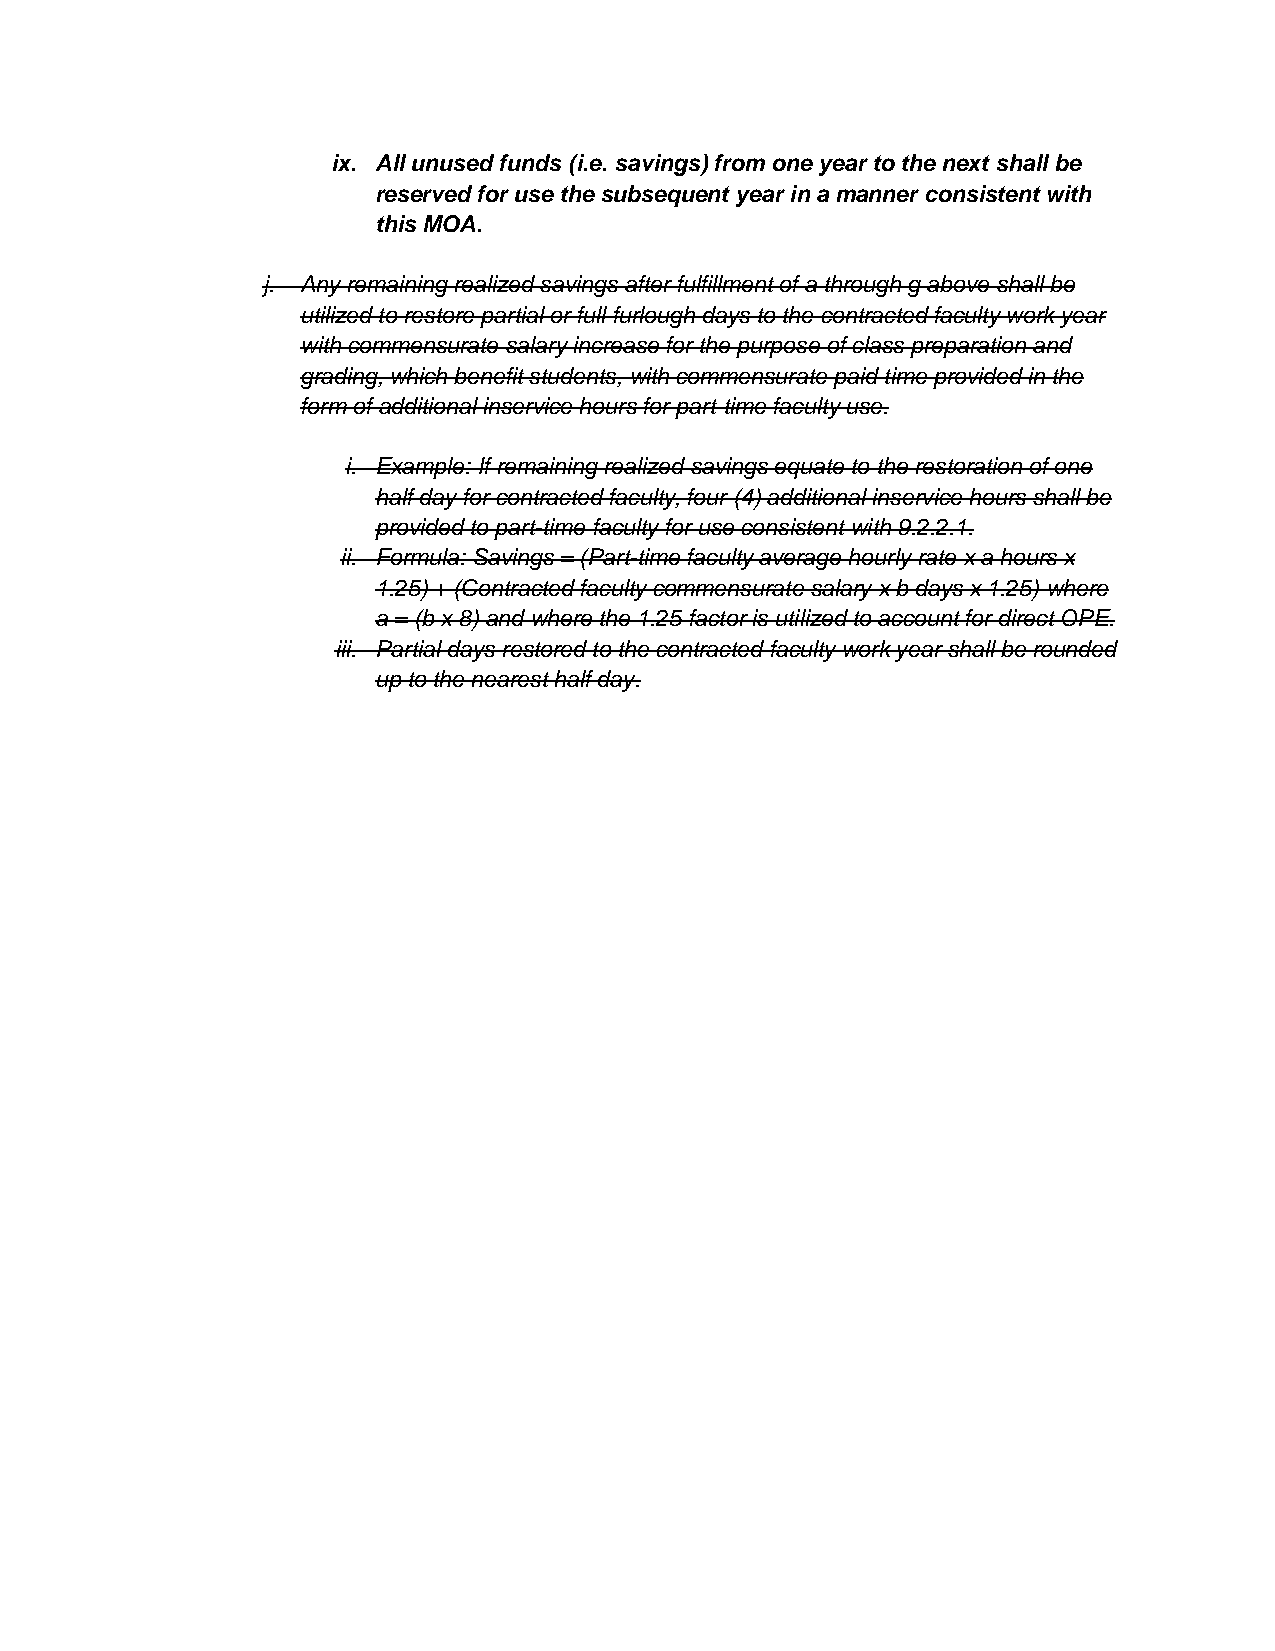
ix. All unused funds (i.e. savings) from one year to the next shall be
 reserved for use the subsequent year in a manner consistent with
 this MOA.
 j. Any remaining realized savings after fulfillment of a through g above shall be
 utilized to restore partial or full furlough days to the contracted faculty work year
 with commensurate salary increase for the purpose of class preparation and
 grading, which benefit students, with commensurate paid time provided in the
 form of additional inservice hours for part-time faculty use.
 i. Example: If remaining realized savings equate to the restoration of one
 half day for contracted faculty, four (4) additional inservice hours shall be
 provided to part-time faculty for use consistent with 9.2.2.1.
 ii. Formula: Savings = (Part-time faculty average hourly rate x a hours x
 1.25) + (Contracted faculty commensurate salary x b days x 1.25) where
 a = (b x 8) and where the 1.25 factor is utilized to account for direct OPE.
 iii. Partial days restored to the contracted faculty work year shall be rounded
 up to the nearest half day.